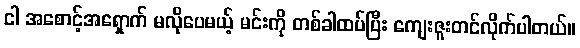
ငါ အစောင့်အရှောက် မလိုပေမယ့် မင်းကို တစ်ခါထပ်ပြီး ကျေးဇူးတင်လိုက်ပါတယ်။